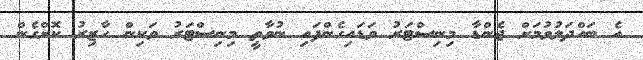
އެ ބައްދަލުވުމަށް ޖެންޑާ މިނިސްޓަރު ވަޑައިގެންފައި ނުވާތީ މިނިސްޓަރު ވަކިން ހާޒިރު ކޮށްގެން